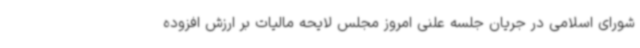
شورای اسلامی در جریان جلسه علنی امروز مجلس لایحه مالیات بر ارزش افزوده